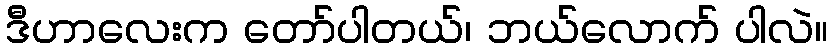
ဒီဟာလေးက တော်ပါတယ်၊ ဘယ်လောက် ပါလဲ။